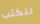
للكتب